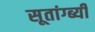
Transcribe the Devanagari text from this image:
सूतांग्ब्यी